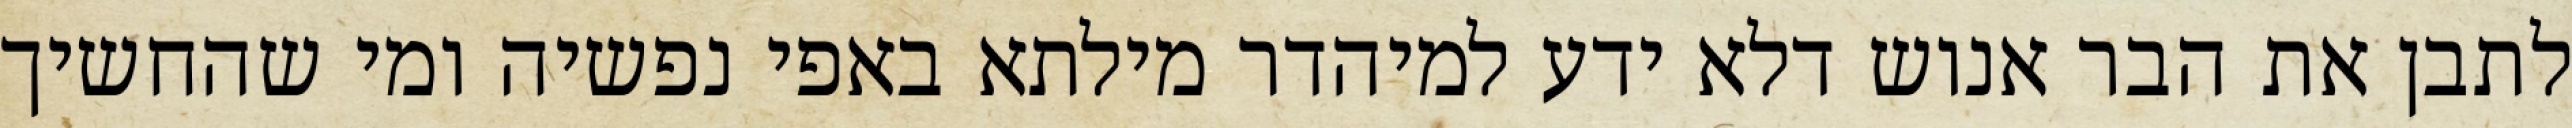
לתבן את הבר אנוש דלא ידע למיהדר מילתא באפי נפשיה ומי שהחשיך